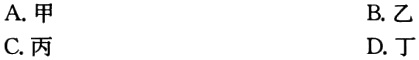
A. 甲
B. 乙
C. 丙
D. 丁